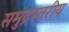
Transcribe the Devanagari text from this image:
समुद्रस्तरीय